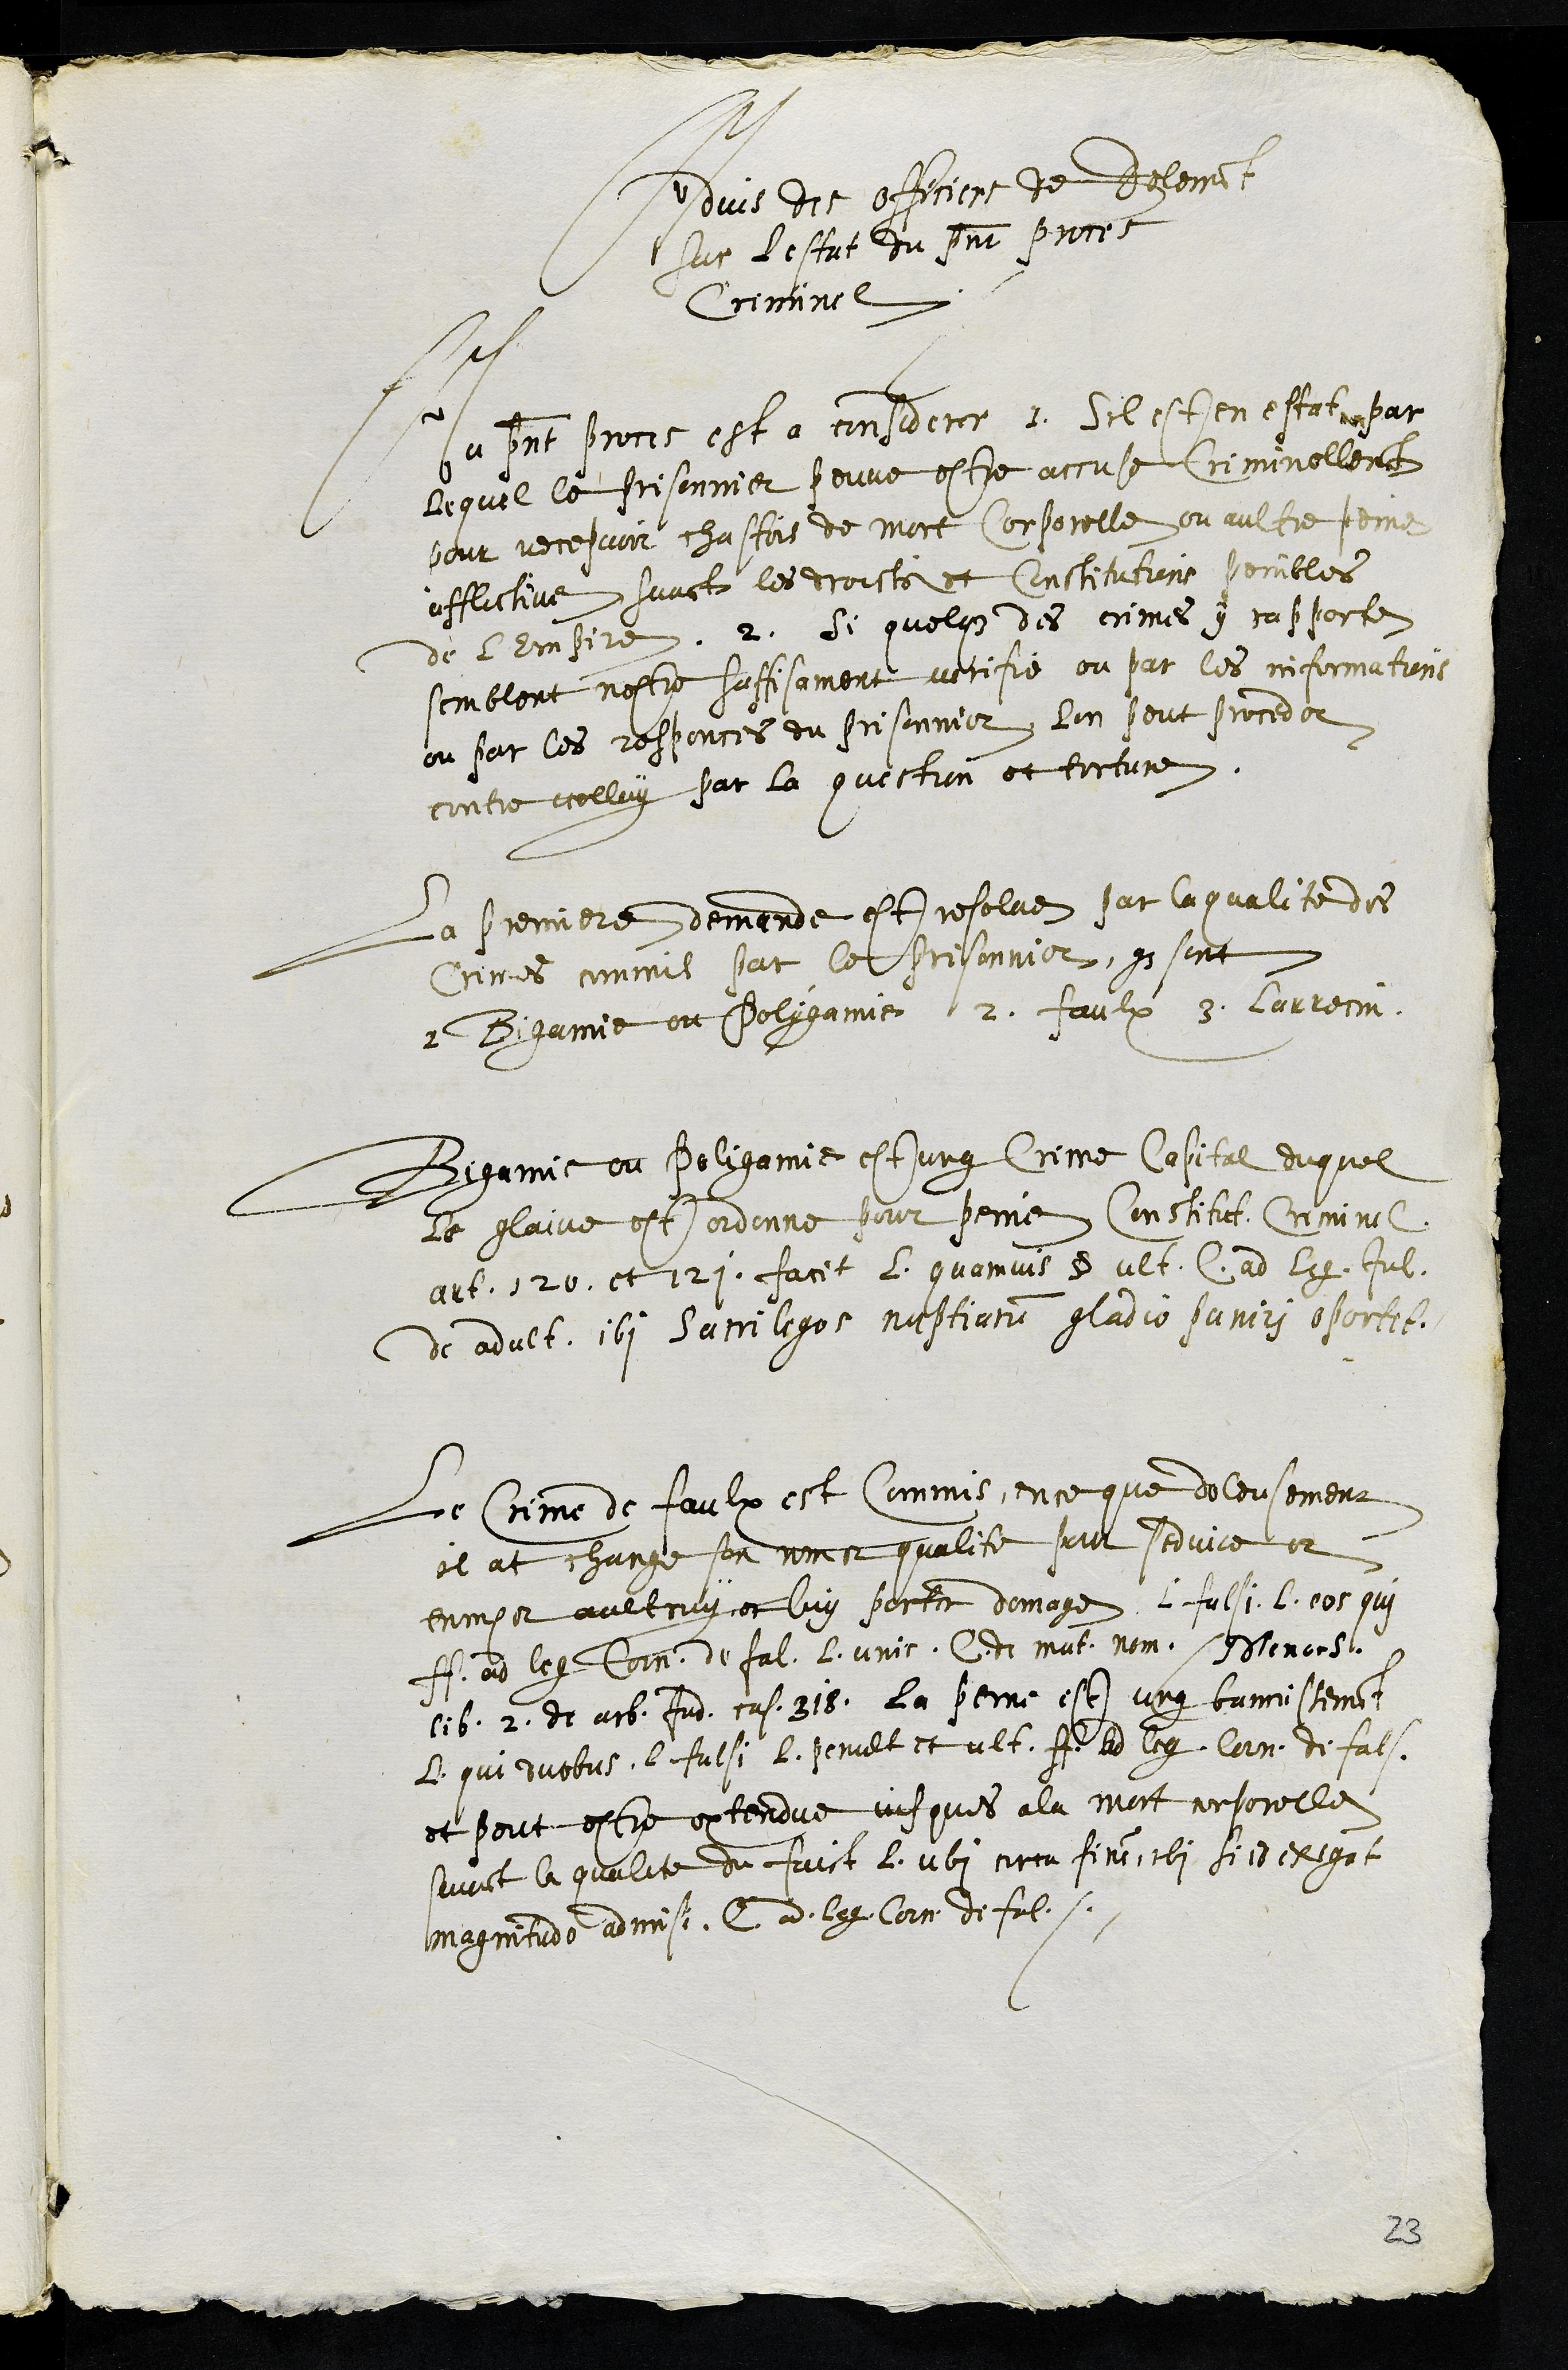
Advis des officiers de Delemont
sur l'estat du present proces
Criminel
Au present proce est a considerer 1. Sil est en estat par
lequel le prisonnier peuve estre accuse Criminellement
pour recepvoir chastois de mort Corporelle ou aultre peine
afflictive suivant les droicts et Constitutions penibles
de lEmpire 2. Si quelque des crimes y rapporte
semblent nestre suffisament verifie ou par les informations
ou par les responces du prisonnier lon peut proceder
contre icelluy par la question et torture,
La premiere demande est resolue sur la qualite des
Crimes commis par le prisonnier, qui sont
1 Bigamie ou Polygamie 2. Faulx 3. Larrecin
Bigamie ou Poligamie est ung Crime Capital duquel
le glaive est ordonne pour peine Constitut. Criminal.
art.120. et 121. facit L. quamvis § ult. C. ad leg. Jul.
de adult. 161 Sacrilegos nuptiarum gladio puniri oportet.
Le Crime de faulx est Commis, en ce que doleusement
il at change son nom et qualite pour seduire et
tromper aultruy et luy porter domage. L. falsi L. eos qui
ff. ad leg. Corn. de fal. L. unis. C. de mut. nom. Minans.
lib. 2. de arb. Jud. cas. 318. La peine est ung bannissement
L.  qui duobus. L. falsi. L. penult et ult. ff ad leg. Corn. de fals.
et peut estre extendue jusques a la mort corporelle
suivant la qualite du faict L. ubi certa fine ibi si id exigat
magnitudo admisi L. ad- leg. Com. de fal.
23